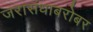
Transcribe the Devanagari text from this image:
जरासंधाबरोबर